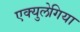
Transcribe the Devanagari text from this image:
एक्युलेगिया